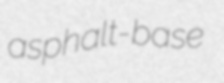
asphalt-base